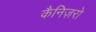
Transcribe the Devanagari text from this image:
कैनिज़रो